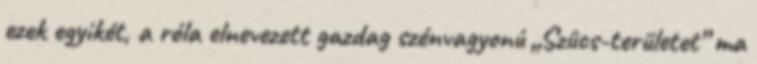
ezek egyikét, a róla elnevezett gazdag szénvagyonú „Szûcs-területet” ma